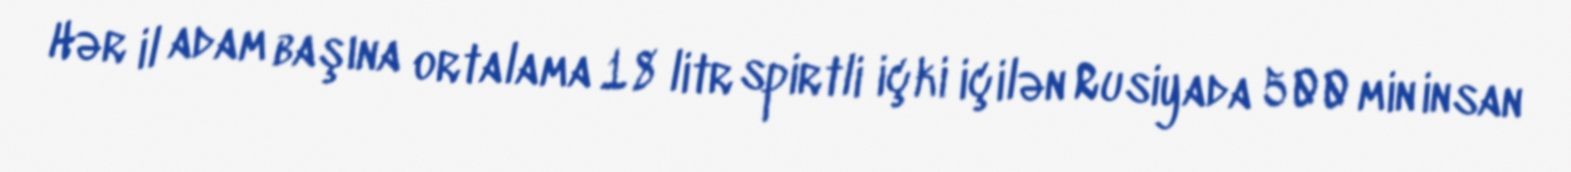
Hər il adam başına ortalama 18 litr spirtli içki içilən Rusiyada 500 min insan